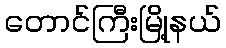
တောင်ကြီးမြို့နယ်